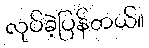
လုပ်ခဲ့ပြန်တယ်။